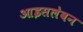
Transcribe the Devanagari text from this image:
आइसलेवन